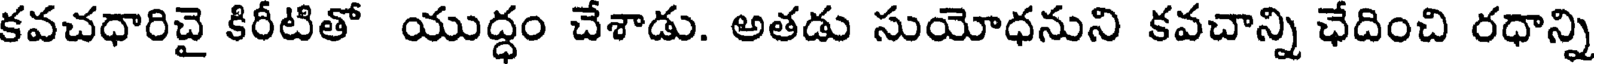
కవచధారిచై కిరీటితో యుద్ధం చేశాడు. అతడు సుయోధనుని కవచాన్ని ఛేదించి రధాన్ని